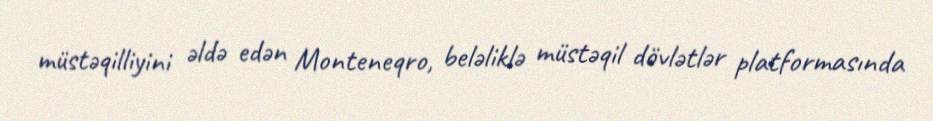
müstəqilliyini əldə edən Monteneqro, beləliklə müstəqil dövlətlər platformasında